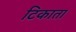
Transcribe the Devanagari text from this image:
टिकाता